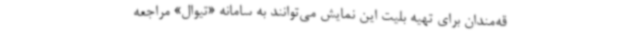
قه‌مندان برای تهیه بلیت این نمایش می‌توانند به سامانه «تیوال» مراجعه